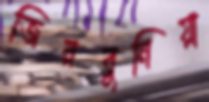
জিরবুনিয়া